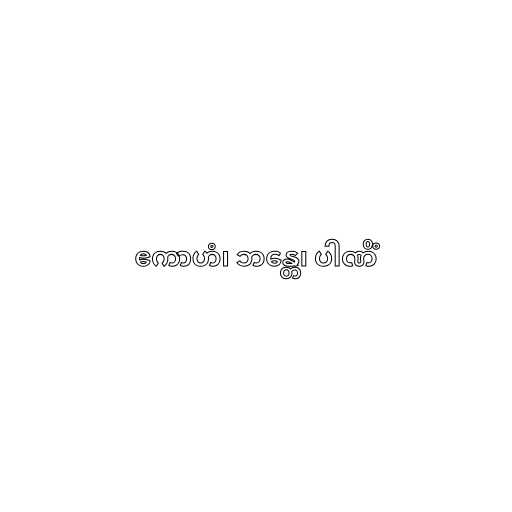
ဧကာဟံ၊ ဘန္တေ၊ ပါဏိံ